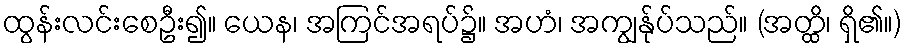
ထွန်းလင်းစေဦး၍။ ယေန၊ အကြင်အရပ်၌။ အဟံ၊ အကျွန်ုပ်သည်။ (အတ္ထိ၊ ရှိ၏။)